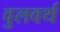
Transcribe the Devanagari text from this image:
वुलवर्थ